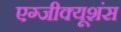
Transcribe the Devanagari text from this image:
एग्जीक्यूशंस